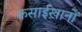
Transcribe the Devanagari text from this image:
कसाईख़ानों